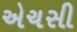
એચસી